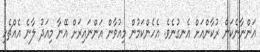
އަންނާނެކަން ރުކާންއަށް އެނގުނެވެ. އެހެންކަމުން މިއުވާން އަންނައިރަށް އޭނާ މިއަދު ލާނެ އެއްޗެހި